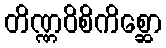
တိဏ္ဏဝိစိကိစ္ဆော